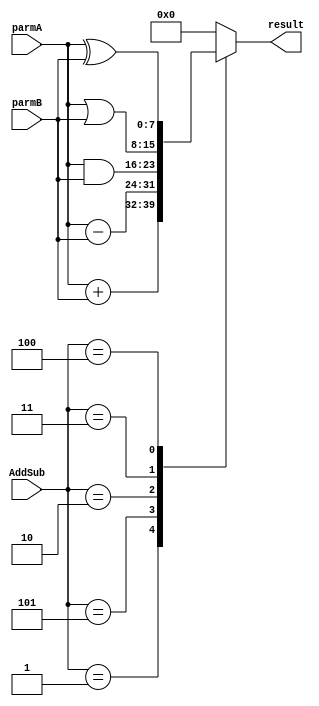
module ALU(
    input [7:0] parmA,
    input [7:0] parmB,
    input [2:0]AddSub,
    output reg [7:0] result
    );

	always @(*) 
	case(AddSub)
	3'b001:  result = parmA + parmB; // add
	3'b101:  result = parmA - parmB; //Sub
	3'b010:  result = parmA & parmB;//and
	3'b011:  result = parmA | parmB;//or
	3'b100:  result = parmA ^ parmB; //xor
	default:  result = 8'h000; 
	endcase


endmodule